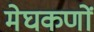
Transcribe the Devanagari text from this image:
मेघकणों